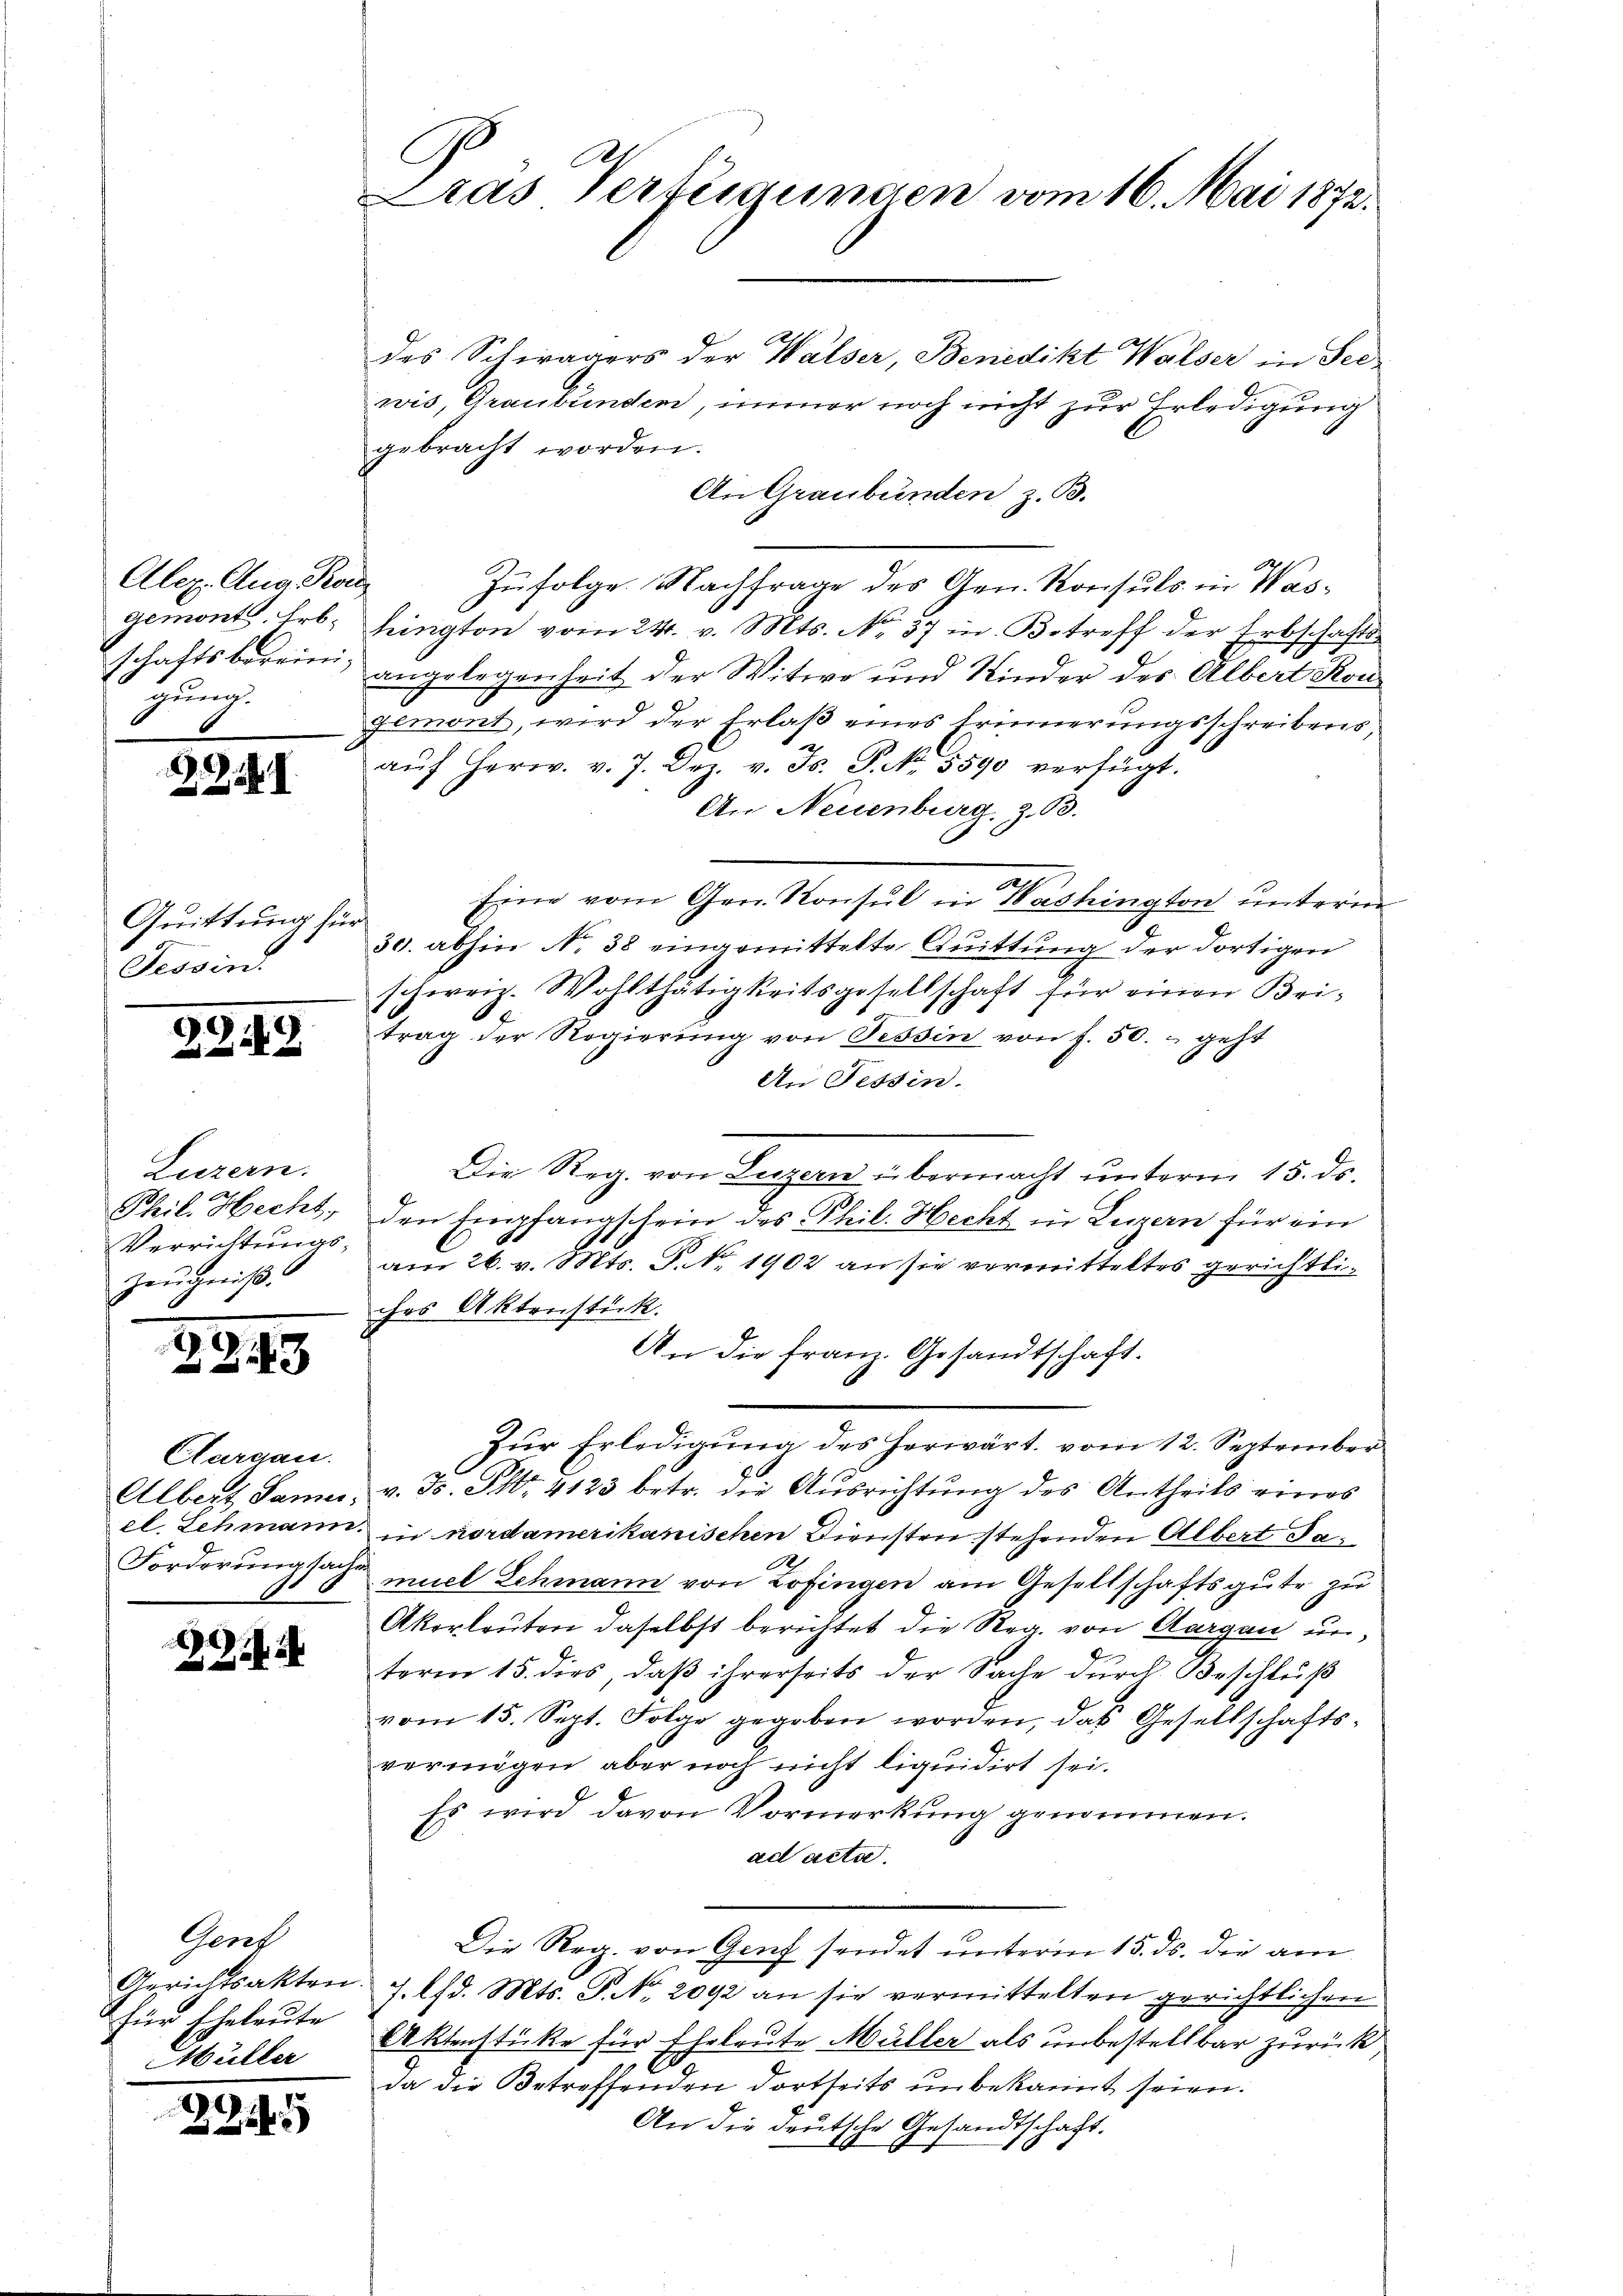
C
Das Verfügungen vom 16. Mai 1872.

des Schwagers der Walser, Benedikt Walser in Seewis, Graubünden, immer noch nicht zur Erledigung
gebracht worden.
An Graubünden z. B.
ich
Zufolge. Nachfrage des Gen. Konsuls in Washrington vom 24. v. Mts. No. 37 in Betreff der Erbschafts-
angelegenheit der Witwe und Kinder des Albert Kongemont, wird der Erlaß eines Erinnerungsschreibens,
aŭf Herr. v. 7. Dez. v. Js. P. Nr. 5590 verfügt.
An Neuenburg, z. B.
Eine vom Gen. Konsul in Washington unterm
30. abhin No. 38 eingemittelte Quittung der dortigen
schweiz. Wohlthätigkeitsgesellschaft für einen Britrag der Regierung von Tessin von f. 50.- geht
An Tessin.
Die Reg. von Luzern übermacht unterm 15. ds.
den Empfangschein des Phil. Hecht in Luzern für ein
am 26. v. Mts. S. No. 1902 an sie vermitteltes gerichtliches Aktenstück.
An die Franz. Gesandtschaft.
Zür Erledigŭng des herwärt vom 12. September
Albert Samus, v. B. S. 4123 betr. die Ausrichtung des Antheils eines
el. Schmann in nordamerikanischen Diensten stehenden Albert Ja¬
Forderungsache muel Schmann von Zofingen am Gesellschaftsgute zu
Akorleuten daselbst berichtet die Reg. von Aargau unterm 15. dies, daβ ihrerseits der Sache durch Beschluß
vom 15. Sept. Folge gegeben worden, das Gesellschafts-
vermögen, aber noch nicht liquidirt sei.
Es wird davon Vormerkung genommen.
ad acta.
Die Reg. von Genf sendet unterm 15. ds. die am
Gerichtsakten 7. Chd. Mts. S. Nr. 2092 an sie vermittelten gerichtlichen
ktenstücke für Eheleute Müller als unbestellbar zurück
da die Betreffenden dortseits unbekannt seien.
An die deutsche Gesandtschaft.

Alex. Aug. Pro
gemont. Erb-
schaftsbereinigung.

2I

Quittung für
Tessin.

2249

Luzern.
Phil. Hecht,
Verrichtungs-
Zeŭgniβ.

145

3

Aargau.

)
2

Gent
2 für Eheleute
Hüller

24